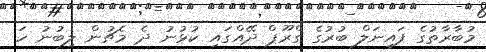
މުބާރާތުގެ ފައިނަލް ބުރުގެ ގްރޫޕް ދޭއްގައި ކުޅުނު ދެ މެޗުން ލިބުނު ހަ